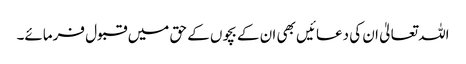
اللہ تعالیٰ ان کی دعائیں بھی ان کے بچوں کے حق میں قبول فرمائے۔